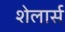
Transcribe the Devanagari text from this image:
शेलार्स